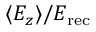
\langle E _ { z } \rangle / E _ { \mathrm { r e c } }